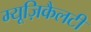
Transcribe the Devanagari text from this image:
म्यूज़िकैलटी